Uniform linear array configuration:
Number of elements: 4
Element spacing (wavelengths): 0.25
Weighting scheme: binomial
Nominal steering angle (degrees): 15
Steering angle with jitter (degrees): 13.102
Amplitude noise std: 0.05
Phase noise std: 0.05

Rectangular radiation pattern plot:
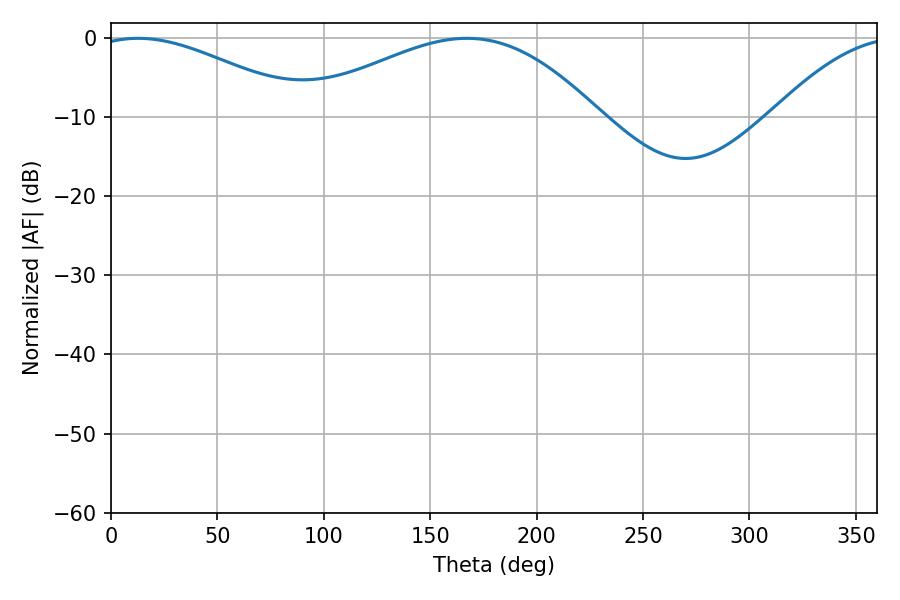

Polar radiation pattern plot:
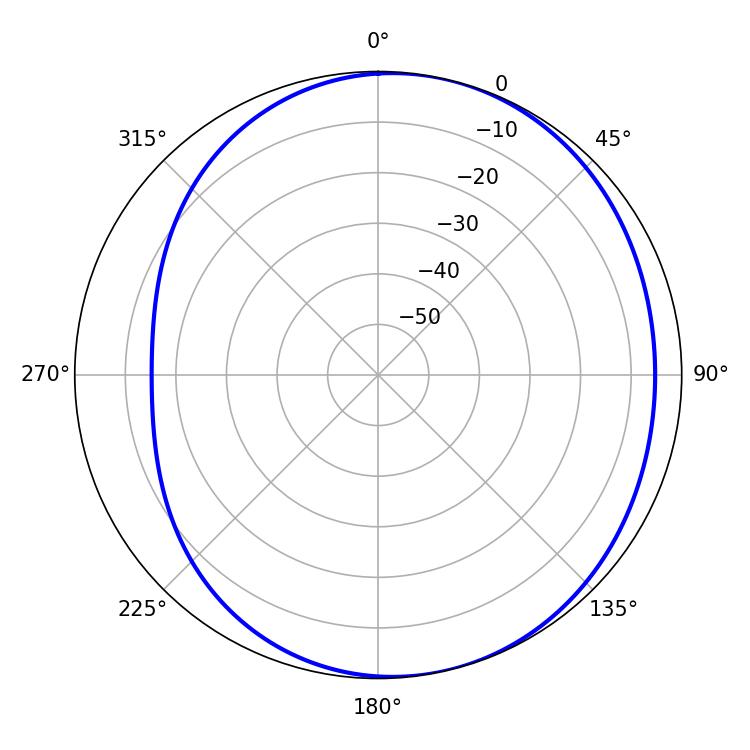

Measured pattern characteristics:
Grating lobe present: FALSE
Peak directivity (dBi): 4.296
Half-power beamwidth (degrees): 54.9
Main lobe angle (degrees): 12.78